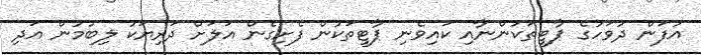
އުފަން ދުވަހުގެ ޕާޓީތަކުންނާއި ކައިވެނި ޕާޓީތަކުން ފެށިގެން އަލަށް ދަރިޔަކު ލިބުމުން އަދި